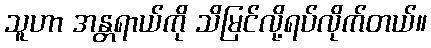
သူဟာ အန္တရာယ်ကို သိမြင်လို့ရပ်လိုက်တယ်။